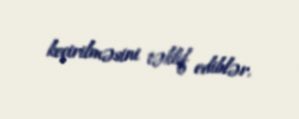
keçirilməsini təklif ediblər.